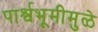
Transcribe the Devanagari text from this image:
पार्श्वभूमीमुळे